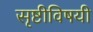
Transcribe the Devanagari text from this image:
सृष्टीविषयी